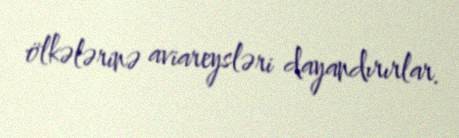
ölkələrinə aviareysləri dayandırırlar.